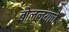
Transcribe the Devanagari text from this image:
बोलल्याचे